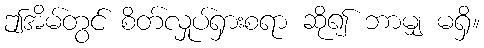
ဤအိမ်တွင် စိတ်လှုပ်ရှားစရာ ဆို၍ ဘာမျှ မရှိ။